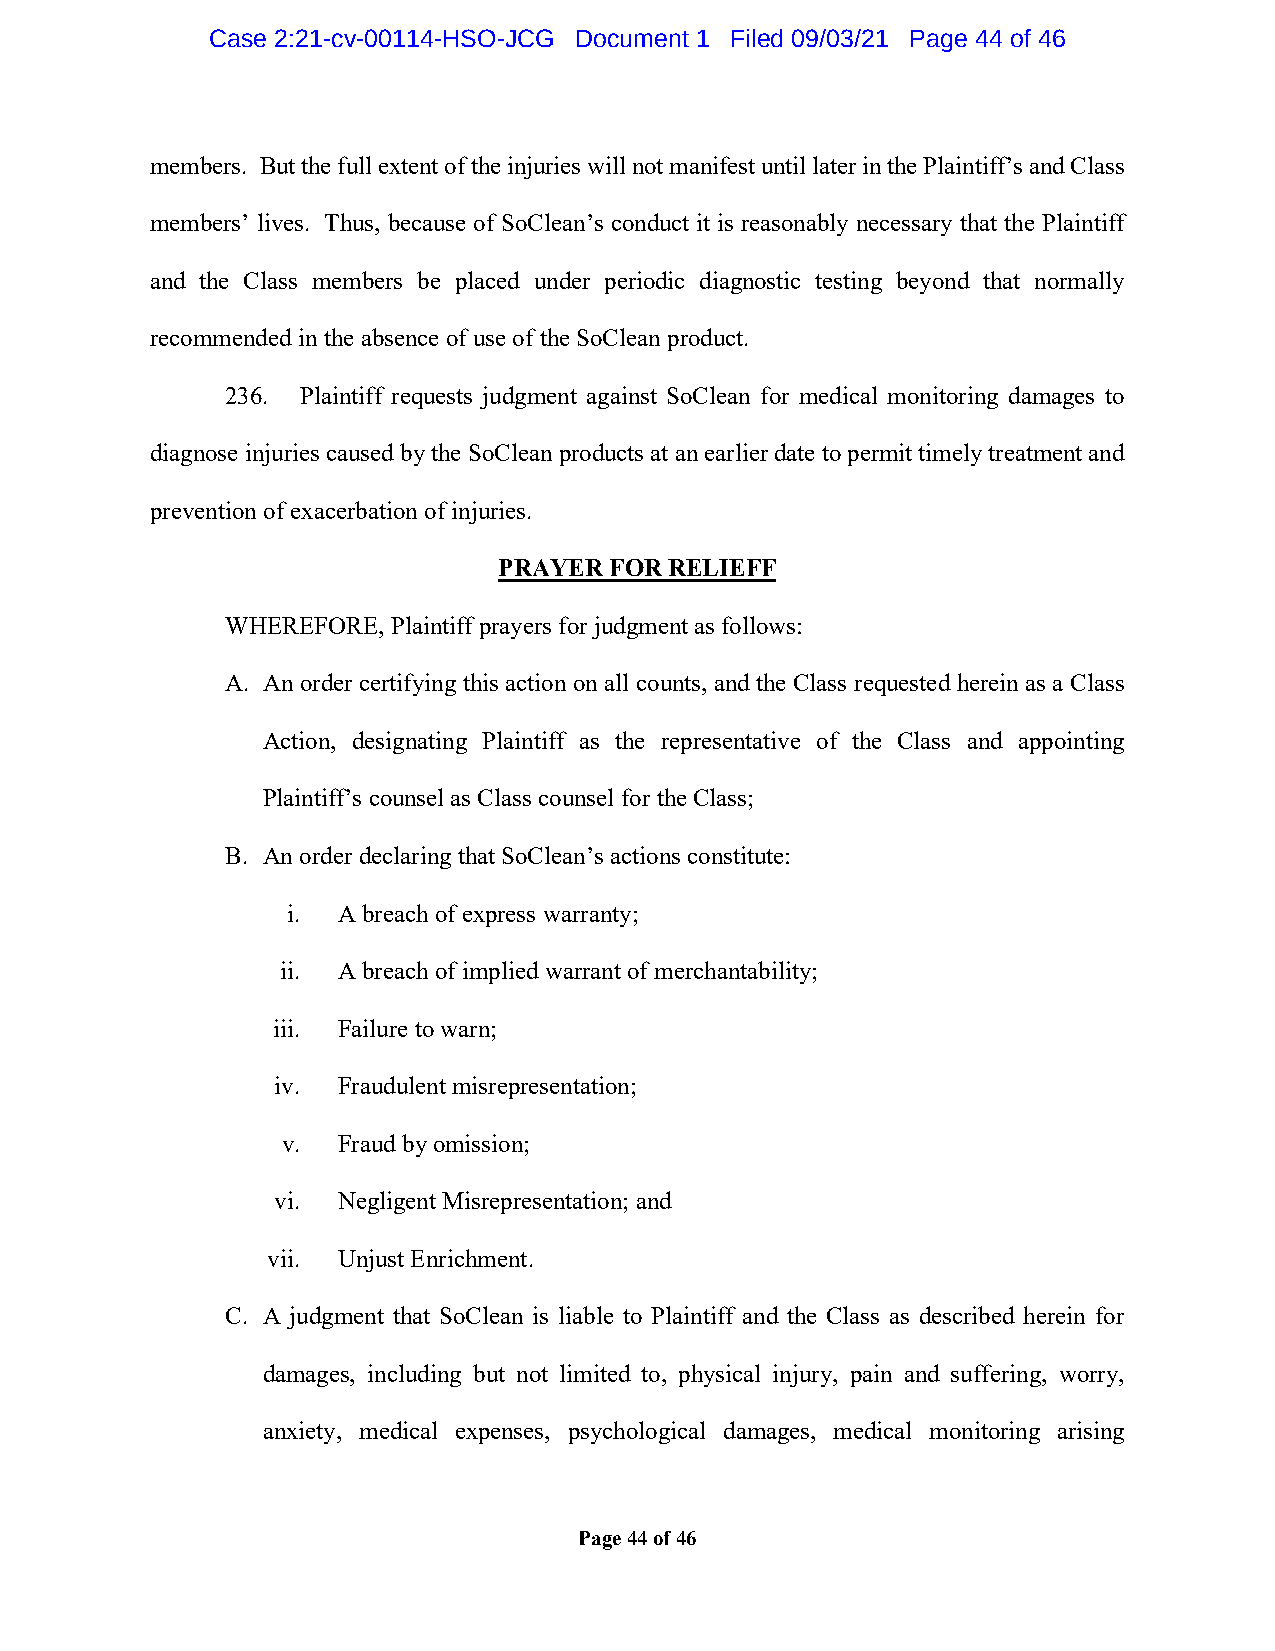
Case 2:21-cv-00114-HSO-JCG Document 1 Filed 09/03/21 Page 44 of 46
 members. But the full extent of the injuries will not manifest until later in the Plaintiff’s and Class
 members’ lives. Thus, because of SoClean’s conduct it is reasonably necessary that the Plaintiff
 and the Class members be placed under periodic diagnostic testing beyond that normally
 recommended in the absence of use of the SoClean product.
 236. Plaintiff requests judgment against SoClean for medical monitoring damages to
 diagnose injuries caused by the SoClean products at an earlier date to permit timely treatment and
 prevention of exacerbation of injuries.
 PRAYER FOR RELIEFF
 WHEREFORE, Plaintiff prayers for judgment as follows:
 A. An order certifying this action on all counts, and the Class requested herein as a Class
 Action, designating Plaintiff as the representative of the Class and appointing
 Plaintiff’s counsel as Class counsel for the Class;
 B. An order declaring that SoClean’s actions constitute:
 i. A breach of express warranty;
 ii. A breach of implied warrant of merchantability;
 iii. Failure to warn;
 iv. Fraudulent misrepresentation;
 v. Fraud by omission;
 vi. Negligent Misrepresentation; and
 vii. Unjust Enrichment.
 C. A judgment that SoClean is liable to Plaintiff and the Class as described herein for
 damages, including but not limited to, physical injury, pain and suffering, worry,
 anxiety, medical expenses, psychological damages, medical monitoring arising
 Page 44 of 46